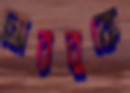
নোরবুকে